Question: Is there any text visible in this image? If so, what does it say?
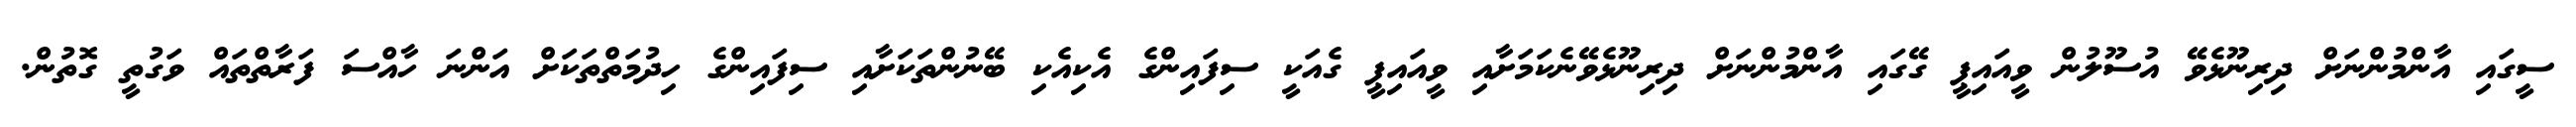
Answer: ސީގައި އާންމުންނަށް ދިރިނޫޅެވޭ އުސޫލުން ވީއައިޕީ ގޭގައި އާންމުންނަށް ދިރިނޫޅެވޭނެކަމަށާއި ވީއައިޕީ ގެއަކީ ސިފައިންގެ އެކިއެކި ބޭނުންތަކަށާއި ސިފައިންގެ ހިދުމަތްތަކަށް އަންނަ ހާއްސަ ފަރާތްތައް ވަގުތީ ގޮތުން.